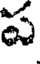
ప